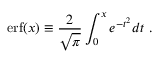
\mathrm { e r f } ( x ) \equiv { \frac { 2 } { \sqrt { \pi } } } \int _ { 0 } ^ { x } e ^ { - t ^ { 2 } } d t \ .